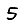
Digit: 5